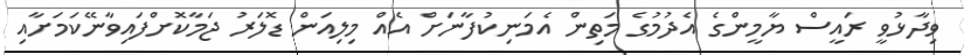
ވިދާޅުވީ ރައީސް ޔާމީންގެ އެދުމުގެ މަތިން އެމަނިކުފާނަށް އެއް މިލިއަން ޑޮލަރު ޖަމާކޮށްފައިވާނޭކަމަށާއި